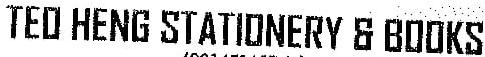
TEO HENG STATIONERY & BOOKS